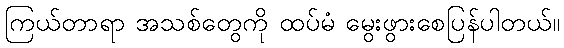
ကြယ်တာရာ အသစ်တွေကို ထပ်မံ မွေးဖွားစေပြန်ပါတယ်။